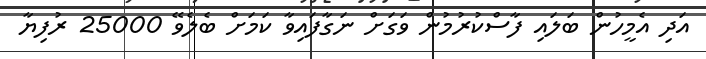
އަދި އެމީހުން ބަލައި ފާސްކުރުމުން ވަގަށް ނަގާފައިވާ ކަމަށް ބެލެވޭ 25000 ރުފިޔާ